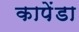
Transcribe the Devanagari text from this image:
कापेंडा